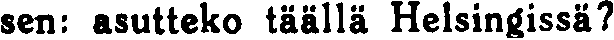
sen: asutteko täällä Helsingissä?